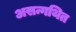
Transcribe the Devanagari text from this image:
असन्गथित